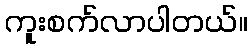
ကူးစက်လာပါတယ်။